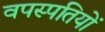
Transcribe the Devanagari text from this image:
वपस्पतियों